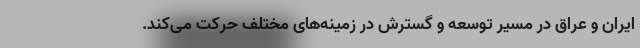
ایران و عراق در مسیر توسعه و گسترش در زمینه‌های مختلف حرکت می‌کند.